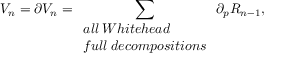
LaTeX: V _ { n } = \partial V _ { n } = \sum _ { \begin{array} { l l } { { a l l \: W h i t e h e a d } } \\ { { f u l l \: d e c o m p o s i t i o n s } } \end{array} } \partial _ { p } R _ { n - 1 } ,